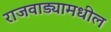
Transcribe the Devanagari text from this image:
राजवाड्यामधील